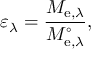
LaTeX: \varepsilon _ { \lambda } = { \frac { M _ { \mathrm { e } , \lambda } } { M _ { \mathrm { e } , \lambda } ^ { \circ } } } ,